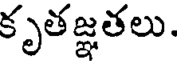
కృతజ్ఞతలు.